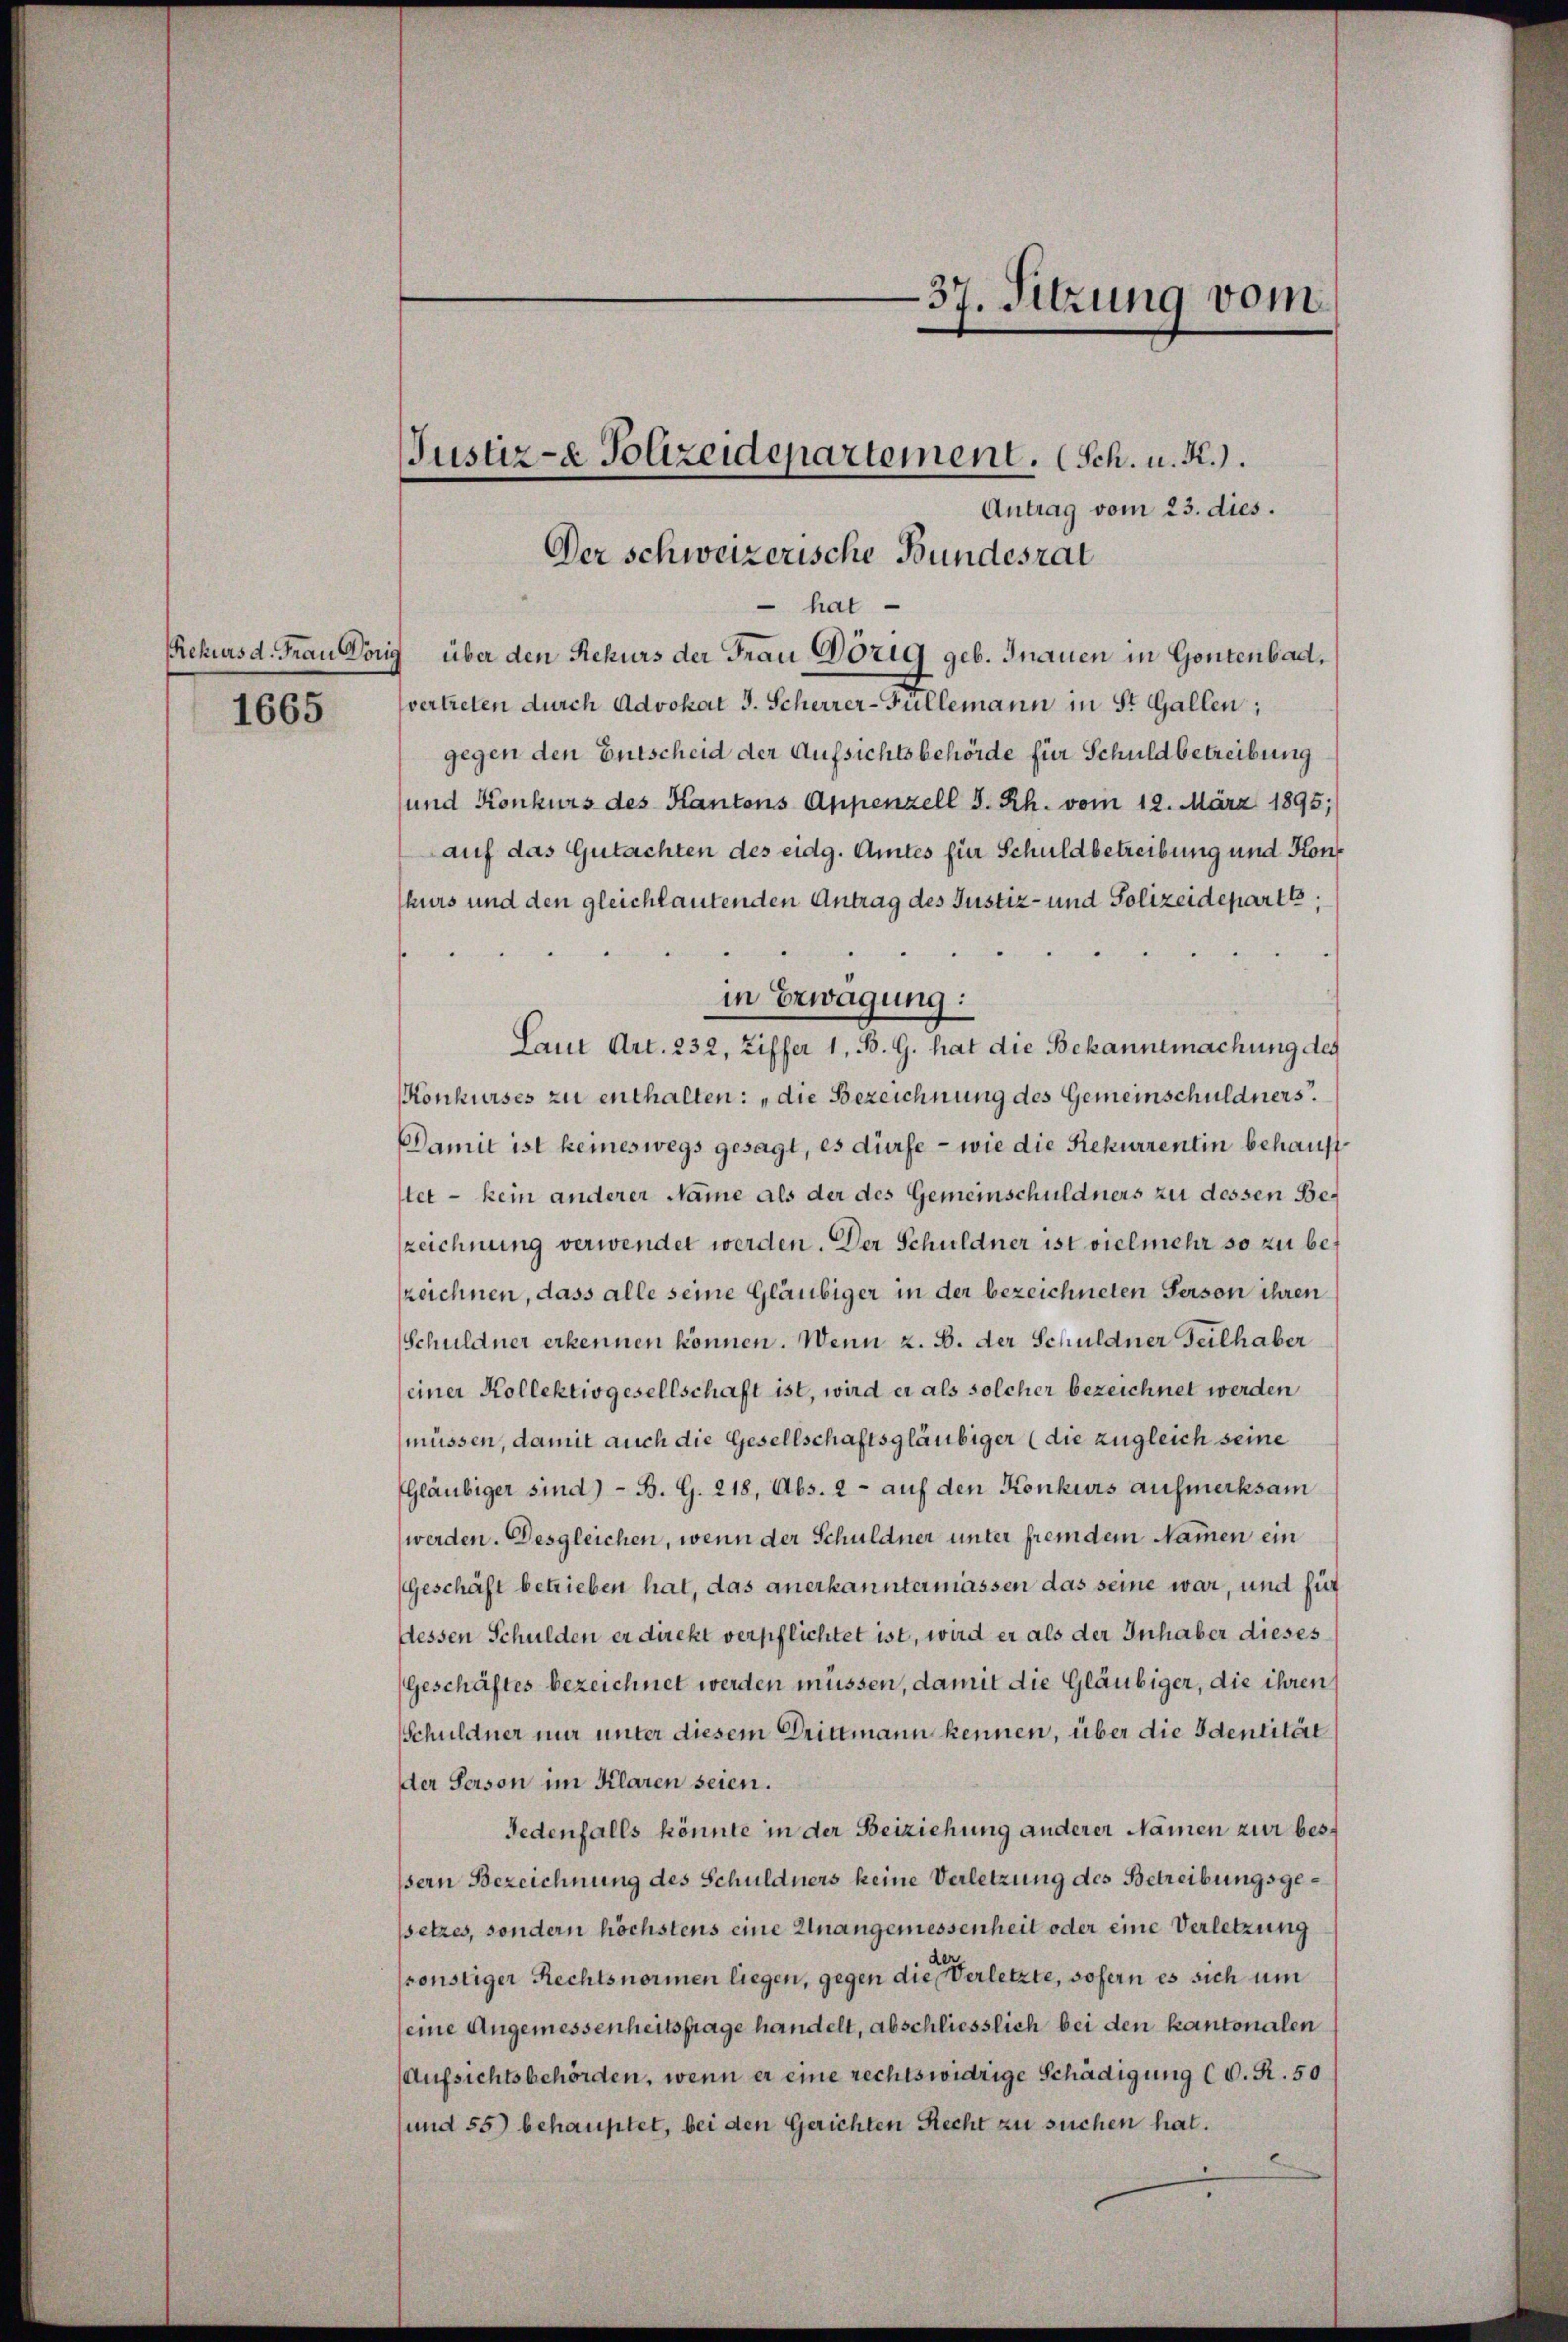
1665

Antrag vom 23. dies.
Der schweizerische Bundesrat
hat
Rekurs d. Frau Dorig über den Rekurs der Frau Dorig geb. Inauen in Gontenbad,
vertreten durch Advokat J. Scherrer-Fullemann in St. Gallen;
gegen den Entscheid der Aufsichtsbehörde für Schuldbetreibung
und Konkurs des Kantons Appenzell I. Rh. vom 12. März 1895;
auf das Gutachten des eidg. Amtes für Schuldbetreibung und Konf
hurs und den gleichlautenden Antrag des Justiz- und Polizeideparte;
in Erwägung:
Laut Art. 232, Ziffer 1, B. G. hat die Bekanntmachung des
Konkurses zu enthalten: „die Bezeichnung des Gemeinschuldners.
Damit ist keineswegs gesagt, es dürfe - wie die Rekurrentin behauptstet - kein anderer Name als der des Gemeinschuldners zu dessen Bezeichnung verwendet werden. Der Schuldner ist vielmehr so zu bezeichnen, dass alle seine Gläubiger in der bezeichneten Person ihren
Schuldner erkennen können. Wenn z. B. der Schuldner Teilhaber
einer Kollektivgesellschaft ist, wird er als solcher bezeichnet werden
müssen, damit auch die Gesellschaftsgläubiger (die zugleich seine
Gläubiger sind) - B. G. 218, Abs. 2 - auf den Konkurs aufmerksam
werden. Desgleichen, wenn der Schuldner unter fremdem Namen ein
Geschäft betrieben hat, das anerkanntermassen das seine war, und für
dessen Schulden er direkt verpflichtet ist, wird er als der Inhaber dieses
Geschäftes bezeichnet werden müssen, damit die Gläubiger, die ihren
Schuldner nur unter diesem Drittmann kennen, über die Identität
der Person im Klaren seien.
Jedenfalls könnte in der Beiziehung anderer Namen zur bessern Bezeichnung des Schuldners keine Verletzung des Betreibungsgesetzes, sondern höchstens eine Unangemessenheit oder eine Verletzung
sonstiger Rechtsnormen liegen, gegen die Verletzte, sofern es sich um
seine Angemessenheitsfrage handelt, abschliesslich bei den kantonalen
Aufsichtsbehörden, wenn er eine rechtswidrige Schädigung (O. R. 50
und 55) behauptet, bei den Gerichten Recht zu suchen hat.

Justiz- & Polizeidepartement. (Sch. u. R.).

37. Sitzung vom